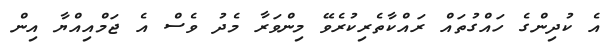
އެ ކުދިންގެ ހައްގުތައް ރައްކާތެރިކުރެވޭ މިންވަރާ މެދު ވެސް އެ ޖަމްއިއްޔާ އިން